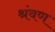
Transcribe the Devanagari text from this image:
श्रंवण